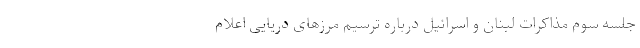
جلسه سوم مذاکرات لبنان و اسرائیل درباره ترسیم مرزهای دریایی اعلام